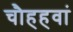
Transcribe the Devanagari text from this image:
चौहहवां